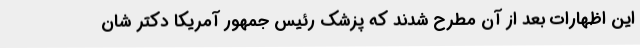
این اظهارات بعد از آن مطرح شدند که پزشک رئیس جمهور آمریکا دکتر شان